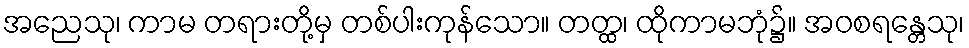
အညေသု၊ ကာမ တရားတို့မှ တစ်ပါးကုန်သော။ တတ္ထ၊ ထိုကာမဘုံ၌။ အဝစရန္တေသု၊